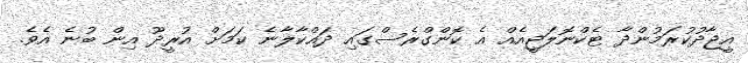
އީޖާދުކުރަމުންދާ ޓެކްނޮލަޖީއެއް އެ ކޮންގްރެސްގައި ދައްކާލާނެ ކަމަށް އުރީދޫ އިން ބުނެ އެވެ.